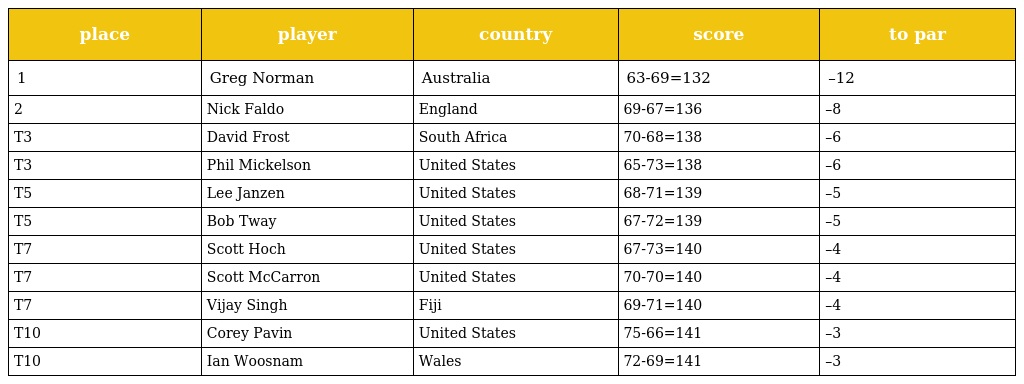
| place | player | country | score | to par |
 | --- | --- | --- | --- | --- |
 | 1 | Greg Norman | Australia | 63-69=132 | –12 |
 | 2 | Nick Faldo | England | 69-67=136 | –8 |
 | T3 | David Frost | South Africa | 70-68=138 | –6 |
 | T3 | Phil Mickelson | United States | 65-73=138 | –6 |
 | T5 | Lee Janzen | United States | 68-71=139 | –5 |
 | T5 | Bob Tway | United States | 67-72=139 | –5 |
 | T7 | Scott Hoch | United States | 67-73=140 | –4 |
 | T7 | Scott McCarron | United States | 70-70=140 | –4 |
 | T7 | Vijay Singh | Fiji | 69-71=140 | –4 |
 | T10 | Corey Pavin | United States | 75-66=141 | –3 |
 | T10 | Ian Woosnam | Wales | 72-69=141 | –3 |